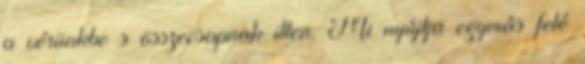
a vérünkbe s összecsapnak itten. Mi nyújtja egymás felé